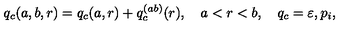
q _ { c } ( a , b , r ) = q _ { c } ( a , r ) + q _ { c } ^ { ( a b ) } ( r ) , \quad a < r < b , \quad q _ { c } = \varepsilon , p _ { i } ,